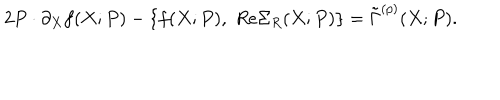
2 P \cdot \partial _ { X } f ( X ; P ) - \left\{ f ( X ; P ) , \; R e \Sigma _ { R } ( X ; P ) \right\} = \tilde { \Gamma } ^ { ( p ) } ( X ; P ) .